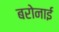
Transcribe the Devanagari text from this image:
बरोनाई